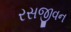
રસજીવન